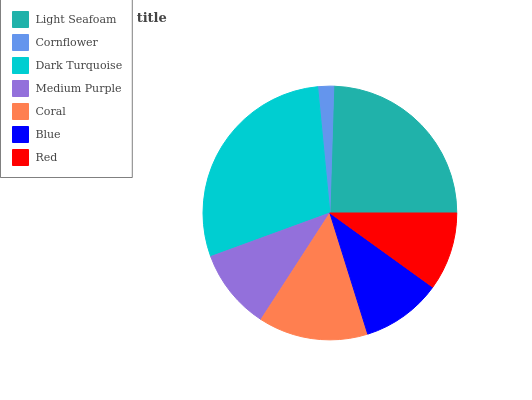
| Light Seafoam | Cornflower | Dark Turquoise | Medium Purple | Coral | Blue | Red |
 | --- | --- | --- | --- | --- | --- | --- |
 | 24.5% | 2.02% | 29% | 10.3% | 14% | 10.2% | 9.96% |